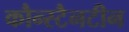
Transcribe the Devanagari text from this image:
कौन्स्टैनटीन